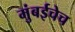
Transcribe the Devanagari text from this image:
मुंबईचेच